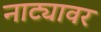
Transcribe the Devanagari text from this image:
नाट्यावर